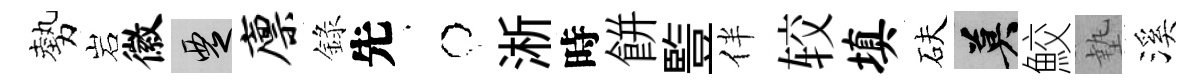
勢岩徽覂廪錄先牛淅時餅䜿伴较填砆莫鮫墊溪